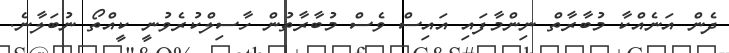
ދެން އަނެއްކާ މުބާރާތް ނިންމާފައި އައިސް ވެސް މުބާރާތުން ހާސިލްކުރެވުނީ ކީއްތޯ ނުބަލާނެ.